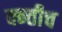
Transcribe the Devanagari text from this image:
क्न्तीच